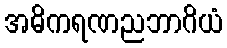
အဓိကရဏညဘာဂိယံ